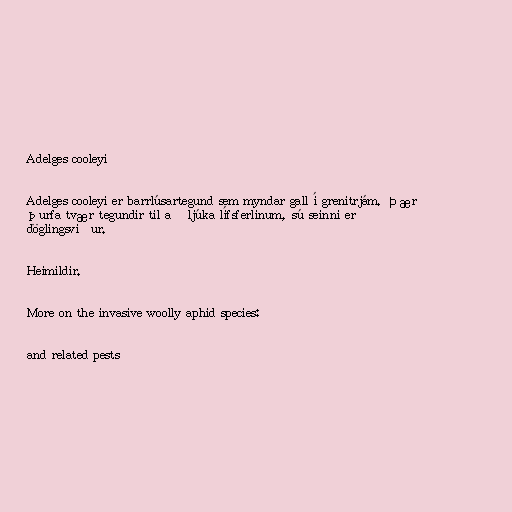
Adelges cooleyi

Adelges cooleyi er barrlúsartegund sem myndar gall í grenitrjám. Þær
þurfa tvær tegundir til að ljúka lífsferlinum, sú seinni er
döglingsviður.

Heimildir.

More on the invasive woolly aphid species:

and related pests